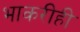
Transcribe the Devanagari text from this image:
भाकरीही